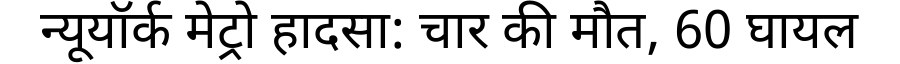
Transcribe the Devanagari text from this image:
न्यूयॉर्क मेट्रो हादसा: चार की मौत, 60 घायल